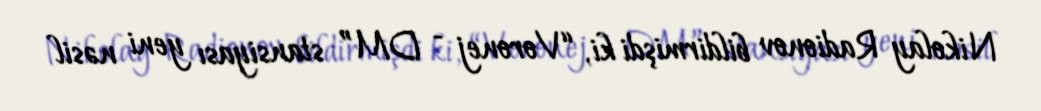
Nikolay Radionov bildirmişdi ki, “Voronej - DM” stansiyası yeni nəsil